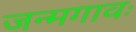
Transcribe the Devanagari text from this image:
जन्मगावः